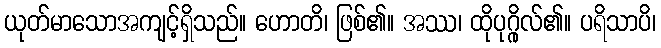
ယုတ်မာသောအကျင့်ရှိသည်။ ဟောတိ၊ ဖြစ်၏။ အဿ၊ ထိုပုဂ္ဂိုလ်၏။ ပရိသာပိ၊